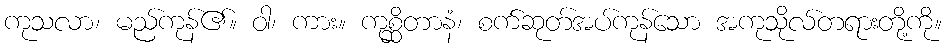
ကုသလာ၊ မည်ကုန်၏။ ဝါ၊ ကား။ ကုစ္ဆိတာနံ၊ စက်ဆုတ်အပ်ကုန်သော အကုသိုလ်တရားတို့ကို။